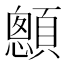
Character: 𩕄